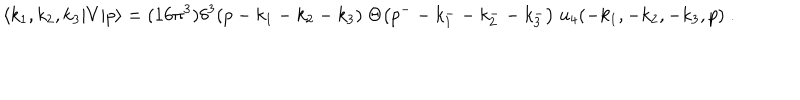
LaTeX: \langle k _ { 1 } , k _ { 2 } , k _ { 3 } | V | p \rangle = ( 1 6 \pi ^ { 3 } ) \delta ^ { 3 } ( p - k _ { 1 } - k _ { 2 } - k _ { 3 } ) \; \Theta \bigl ( p ^ { -- } k _ { 1 } ^ { -- } k _ { 2 } ^ { -- } k _ { 3 } ^ { - } \bigr ) \; u _ { 4 } ( - k _ { 1 } , - k _ { 2 } , - k _ { 3 } , p ) \; .